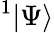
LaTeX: ^1|\Psi\rangle